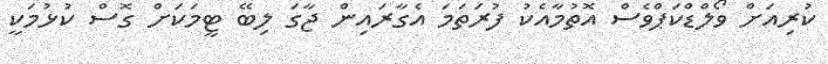
ކުރިއަށް ވޯލްޑްކަޕްވެސް އޮތުމާއެކު ފުރަތަމަ އެގާރައިން ޖާގަ ލިބޭ ޓީމަކަށް ގޮސް ކުޅުމަކީ